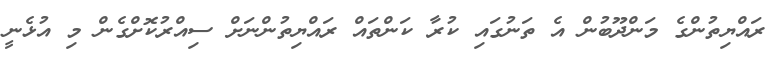
ރައްޔިތުންގެ މަންދޫބުން އެ ތަނުގައި ކުރާ ކަންތައް ރައްޔިތުންނަށް ސިއްރުކޮށްގެން މި އުޅެނީ